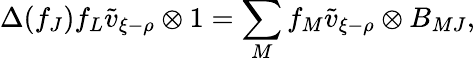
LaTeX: \Delta(f_{J})f_{L}\tilde{v}_{\xi-\rho}\otimes 1=\sum_{M}f_{M}\tilde{v}_{\xi-\rho}\otimes B_{MJ},